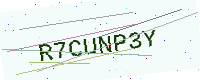
Text: R7CUNP3Y